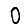
Digit: 0